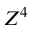
Z ^ { 4 }